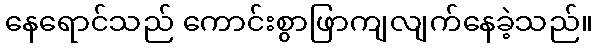
နေရောင်သည် ကောင်းစွာဖြာကျလျက်နေခဲ့သည်။